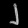
Digit: ၂